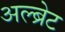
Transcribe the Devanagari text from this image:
अल्ब्रेट